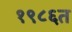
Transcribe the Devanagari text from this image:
१९८६त